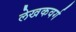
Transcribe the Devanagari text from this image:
लेखकवर्ग